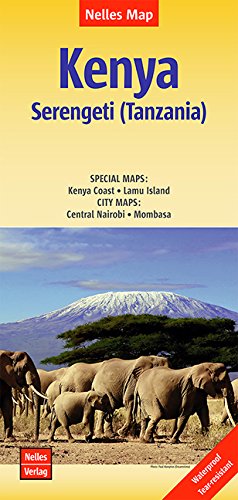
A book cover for Kenya Nelles Map Waterproof 2015; Nelles Verlag GmbH; Travel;